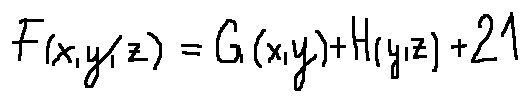
F ( x , y , z ) = G ( x , y ) + H ( y , z ) + 2 1